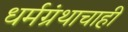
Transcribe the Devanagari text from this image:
धर्मग्रंथाचाही